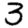
Digit: 3